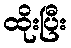
ထိုးပြီး